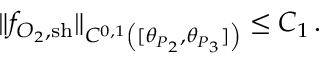
\| f _ { O _ { 2 } , \mathrm { { s h } } } \| _ { C ^ { 0 , 1 } \left( [ \theta _ { P _ { 2 } } , \theta _ { P _ { 3 } } ] \right) } \leq C _ { 1 } \, .